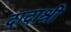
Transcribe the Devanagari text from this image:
दादाश्री